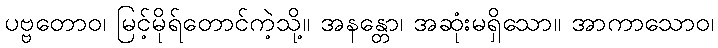
ပဗ္ဗတောဝ၊ မြင့်မိုရ်တောင်ကဲ့သို့။ အနန္တော၊ အဆုံးမရှိသော။ အာကာသောဝ၊